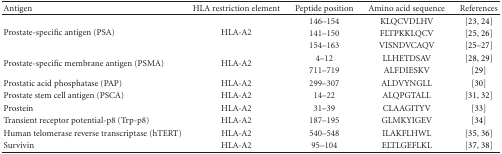
| Antigen | HLA restriction element | Peptide position | Amino acid sequence | References |
 | --- | --- | --- | --- | --- |
 | <ROWSPAN=3> Prostate-specific antigen (PSA) | <ROWSPAN=3> HLA-A2 | 146–154 | KLQCVDLHV | [23, 24] |
 | 141–150 | FLTPKKLQCV | [25, 26] |
 | 154–163 | VISNDVCAQV | [25–27] |
 | <ROWSPAN=2> Prostate-specific membrane antigen (PSMA) | <ROWSPAN=2> HLA-A2 | 4–12 | LLHETDSAV | [28, 29] |
 | 711–719 | ALFDIESKV | [29] |
 | Prostatic acid phosphatase (PAP) | HLA-A2 | 299–307 | ALDVYNGLL | [30] |
 | Prostate stem cell antigen (PSCA) | HLA-A2 | 14–22 | ALQPGTALL | [31, 32] |
 | Prostein | HLA-A2 | 31–39 | CLAAGITYV | [33] |
 | Transient receptor potential-p8 (Trp-p8) | HLA-A2 | 187–195 | GLMKYIGEV | [34] |
 | Human telomerase reverse transcriptase (hTERT) | HLA-A2 | 540–548 | ILAKFLHWL | [35, 36] |
 | Survivin | HLA-A2 | 95–104 | ELTLGEFLKL | [37, 38] |